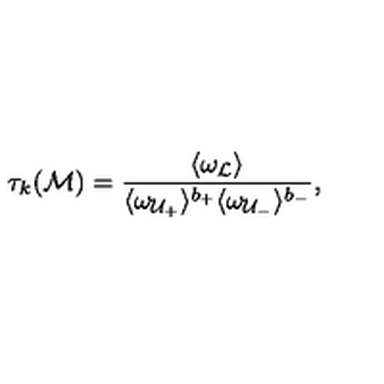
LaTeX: \tau _ { k } ( { \cal M } ) = \frac { \langle \omega _ { \cal L } \rangle } { \langle \omega _ { { \cal U } _ { + } } \rangle ^ { b _ { + } } \langle \omega _ { { \cal U } _ { - } } \rangle ^ { b _ { - } } } \mathrm { , }